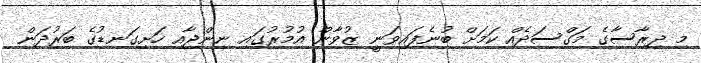
މި ދިރާސާގެ މަގްސަދެއް ކަމަށް ބުނެފައިވަނީ ޒުވާން އުމުރުގައި ނިންޖާއި ހަށިގަނޑުގެ ބަރުދަން